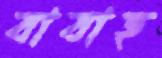
বাবাহ